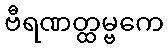
ဗီရဏတ္ထမ္ဗကေ